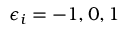
\epsilon _ { i } = - 1 , 0 , 1